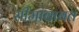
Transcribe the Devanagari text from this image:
सीमांबाबत